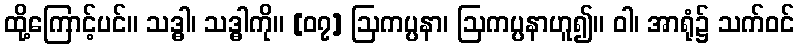
ထို့ကြောင့်ပင်။ သဒ္ဓါ၊ သဒ္ဓါကို။ [၀၇] ဩကပ္ပနာ၊ ဩကပ္ပနာဟူ၍။ ဝါ၊ အာရုံ၌ သက်ဝင်